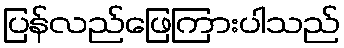
ပြန်လည်ဖြေကြားပါသည်